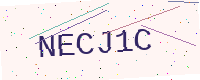
Text: NECJ1C